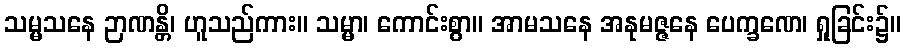
သမ္မသနေ ဉာဏန္တိ၊ ဟူသည်ကား။ သမ္မာ၊ ကောင်းစွာ။ အာမသနေ အနုမဇ္ဇနေ ပေက္ခဏေ၊ ရှုခြင်း၌။